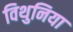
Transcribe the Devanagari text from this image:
विथुनिया